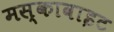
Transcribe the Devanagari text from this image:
मस्कावाइट